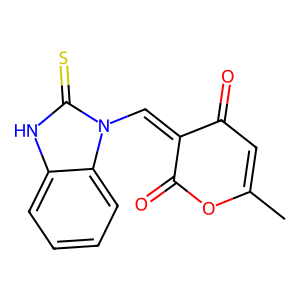
SMILES: CC1=CC(=O)C(=Cn2c(=S)[nH]c3ccccc32)C(=O)O1
Inhibits HIV replication: No